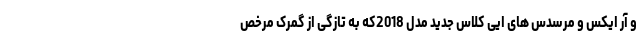
و آر ایکس و مرسدس های ایی کلاس جدید مدل 2018که به تازگی از گمرک مرخص